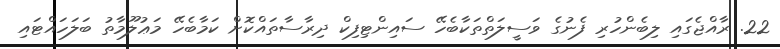
22. ރާއްޖެގައި ލިބެންހުރި ފެނުގެ ވަސީލަތްތަކާބެހޭ ސައިންޓިފިކް ދިރާސާތައްކޮށް ކަމާބެހޭ މަޢުލޫމާތު ބަލަހައްޓައި